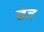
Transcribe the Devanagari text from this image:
खंज